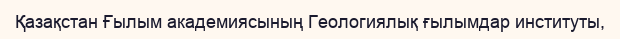
Қазақстан Ғылым академиясының Геологиялық ғылымдар институты,